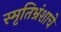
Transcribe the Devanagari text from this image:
स्मृतिभ्रंशाचे